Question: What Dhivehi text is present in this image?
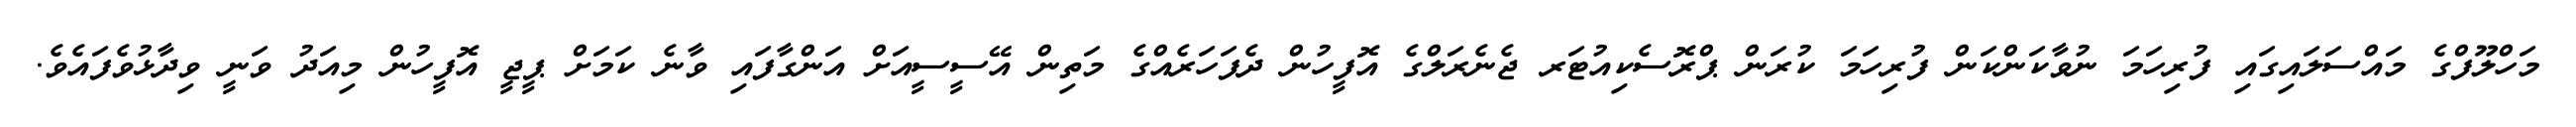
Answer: މަހްލޫފްގެ މައްސަލައިގައި ފުރިހަމަ ނުވާކަންކަން ފުރިހަމަ ކުރަން ޕްރޮސެކިއުޓަރ ޖެނެރަލްގެ އޮފީހުން ދެފަހަރެއްގެ މަތިން އޭސީސީއަށް އަންގާފައި ވާނެ ކަމަށް ޕީޖީ އޮފީހުން މިއަދު ވަނީ ވިދާޅުވެފައެވެ.